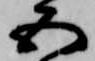
五